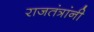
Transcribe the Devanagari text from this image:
राजतंत्रांनी